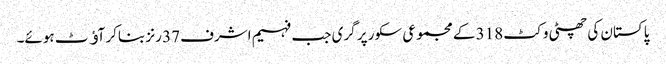
پاکستان کی چھٹی وکٹ 318 کے مجموعی سکور پر گری جب فہیم اشرف 37 رنز بناکر آﺅٹ ہوئے۔